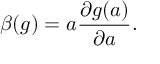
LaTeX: \beta ( g ) = a \frac { \partial g ( a ) } { \partial a } .